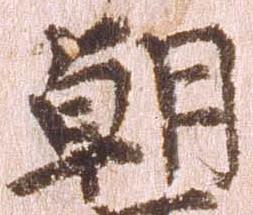
朝